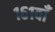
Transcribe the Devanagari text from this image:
१६१वाँ